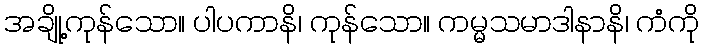
အချို့ကုန်သော။ ပါပကာနိ၊ ကုန်သော။ ကမ္မသမာဒါနာနိ၊ ကံကို